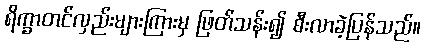
ရိက္ခာတင်လှည်းများကြားမှ ဖြတ်သန်း၍ စီးလာခဲ့ပြန်သည်။